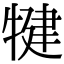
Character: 犍